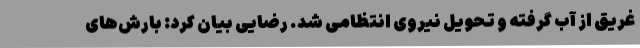
غریق از آب گرفته و تحویل نیروی انتظامی شد. رضایی بیان کرد: بارش‌های